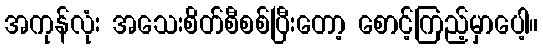
အကုန်လုံး အသေးစိတ်စီစစ်ပြီးတော့ စောင့်ကြည့်မှာပေါ့။